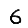
Digit: 6